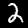
Digit: 2